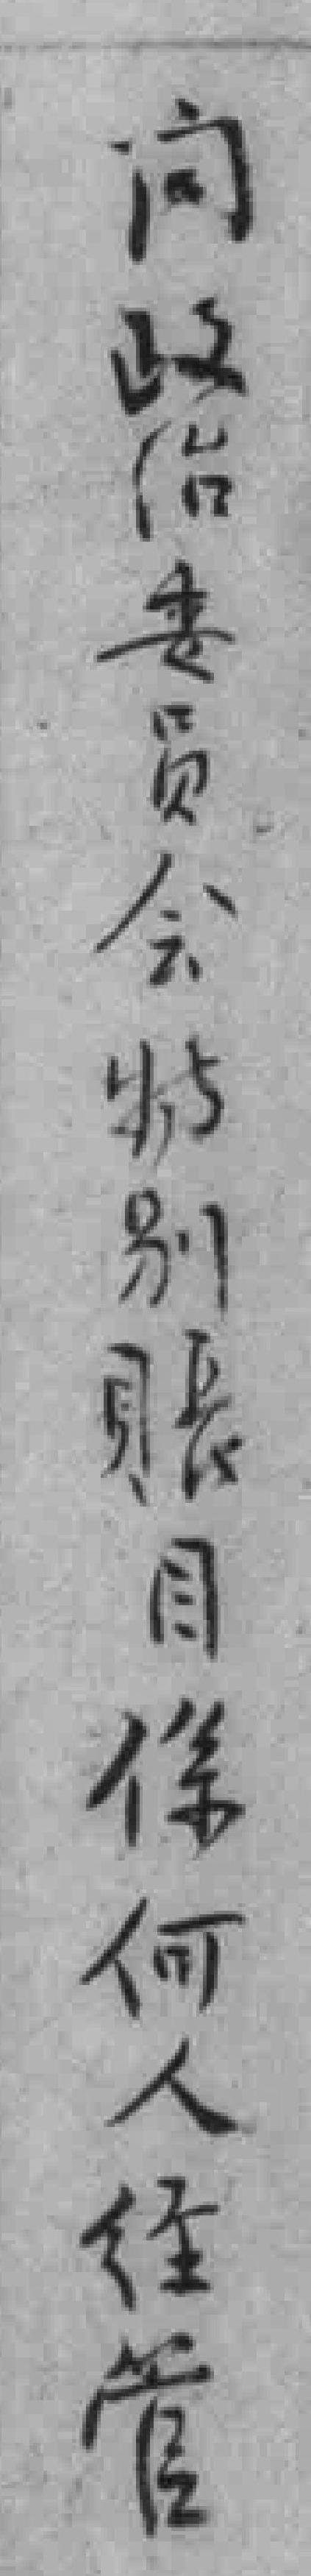
问政治委员会特别賬目係何人经管